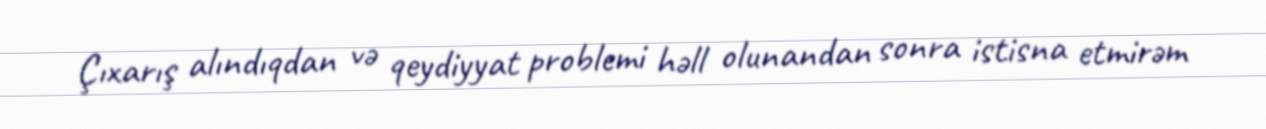
Çıxarış alındıqdan və qeydiyyat problemi həll olunandan sonra istisna etmirəm